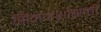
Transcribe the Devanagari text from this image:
सिमारेशांसाठी